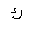
Letter: _kaf